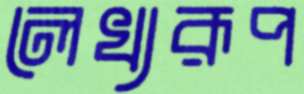
লেখ্যরূপ